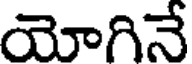
యోగినే